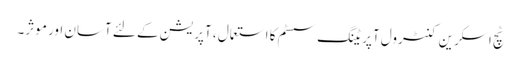
ٹچ اسکرین کنٹرول آپریٹنگ سسٹم کا استعمال ، آپریشن کے لئے آسان اور موثر۔